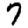
Digit: 7